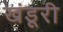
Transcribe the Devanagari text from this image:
खंडूरी